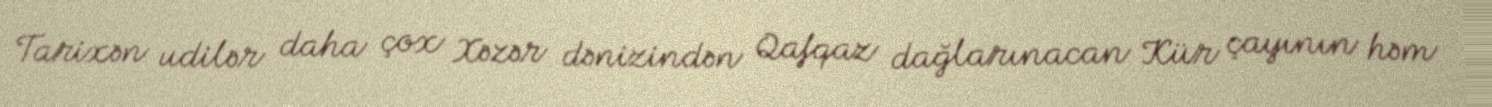
Tarixən udilər daha çox Xəzər dənizindən Qafqaz dağlarınacan Kür çayının həm